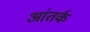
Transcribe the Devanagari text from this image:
आंतर्क